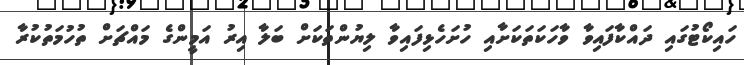
ހައިކޯޓުގައި ދައްކާފައިވާ ވާހަކަތަކަށާއި ހުށަހެޅިފައިވާ ލިޔުންތަކަށް ބަލާ އިރު އަމީންގެ މައްޗަށް ތުހުމަތުކުރާ